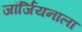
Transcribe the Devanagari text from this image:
जॉर्जियनाला